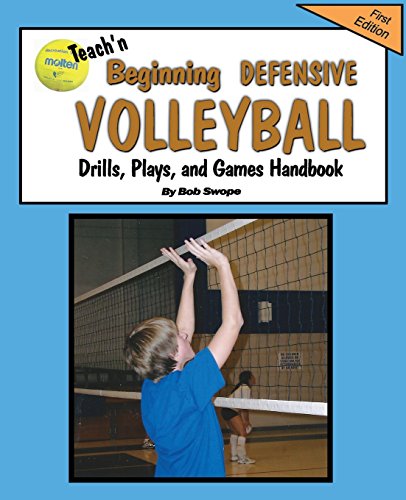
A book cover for Teach'n Beginning Defensive Volleyball Drills, Plays, and Games Free Flow Handbook; Bob Swope; Sports & Outdoors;